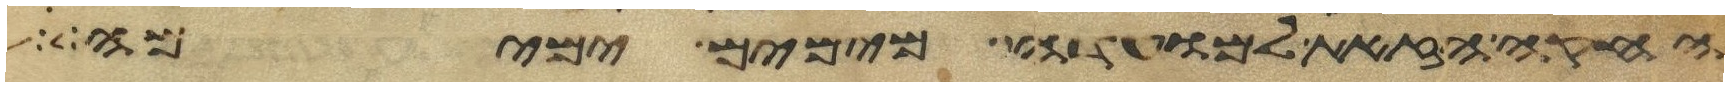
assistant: החקה הזאת למועדה מימים ימימה